Epidemic dropsy in Calcutta - Number 49
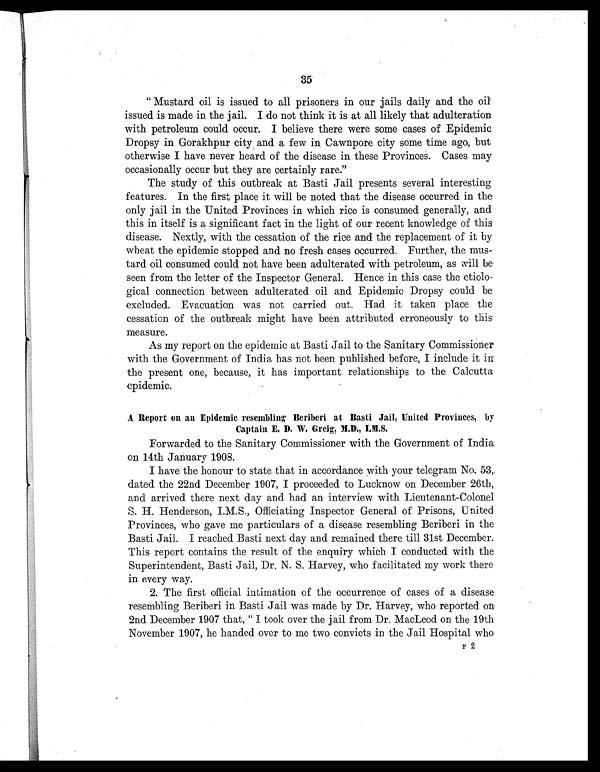
35
"Mustard oil is issued to all prisoners in our jails daily and the oil
issued is made in the jail. I do not think it is at all likely that adulteration
with petroleum could occur. I believe there were some cases of Epidemic
Dropsy in Gorakhpur city and a few in Cawnpore city some time ago, but
otherwise I have never heard of the disease in these Provinces. Cases may
occasionally occur but they are certainly rare."
The study of this outbreak at Basti Jail presents several interesting
features. In the first place it will be noted that the disease occurred in the
only jail in the United Provinces in which rice is consumed generally, and
this in itself is a significant fact in the light of our recent knowledge of this
disease. Nextly, with the cessation of the rice and the replacement of it by
wheat the epidemic stopped and no fresh cases occurred. Further, the mus-
tard oil consumed could not have been adulterated with petroleum, as will be
seen from the letter of the Inspector General. Hence in this case the etiolo-
gical connection between adulterated oil and Epidemic Dropsy could be
excluded. Evacuation was not carried out. Had it taken place the
cessation of the outbreak might have been attributed erroneously to this
measure.
As my report on the epidemic at Basti Jail to the Sanitary Commissioner
with the Government of India has not been published before, I include it in
the present one, because, it has important relationships to the Calcutta
epidemic.
A Report on an Epidemic resembling Beriberi at Basti Jail, United Provinces, by
Captain E. D. W. Greig, M.D., I.M.S.
Forwarded to the Sanitary Commissioner with the Government of India
on 14th January 1908.
I have the honour to state that in accordance with your telegram No. 53,
dated the 22nd December 1907, I proceeded to Lucknow on December 26th,
and arrived there next day and had an interview with Lieutenant-Colonel
S. H. Henderson, I.M.S., Officiating Inspector General of Prisons, United
Provinces, who gave me particulars of a disease resembling Beriberi in the
Basti Jail. I reached Basti next day and remained there till 31st December.
This report contains the result of the enquiry which I conducted with the
Superintendent, Basti Jail, Dr. N. S. Harvey, who facilitated my work there
in every way.
2. The first official intimation of the occurrence of cases of a disease
resembling Beriberi in Basti Jail was made by Dr. Harvey, who reported on
2nd December 1907 that, " I took over the jail from Dr. MacLeod on the 19th
November 1907, he handed over to me two convicts in the Jail Hospital who